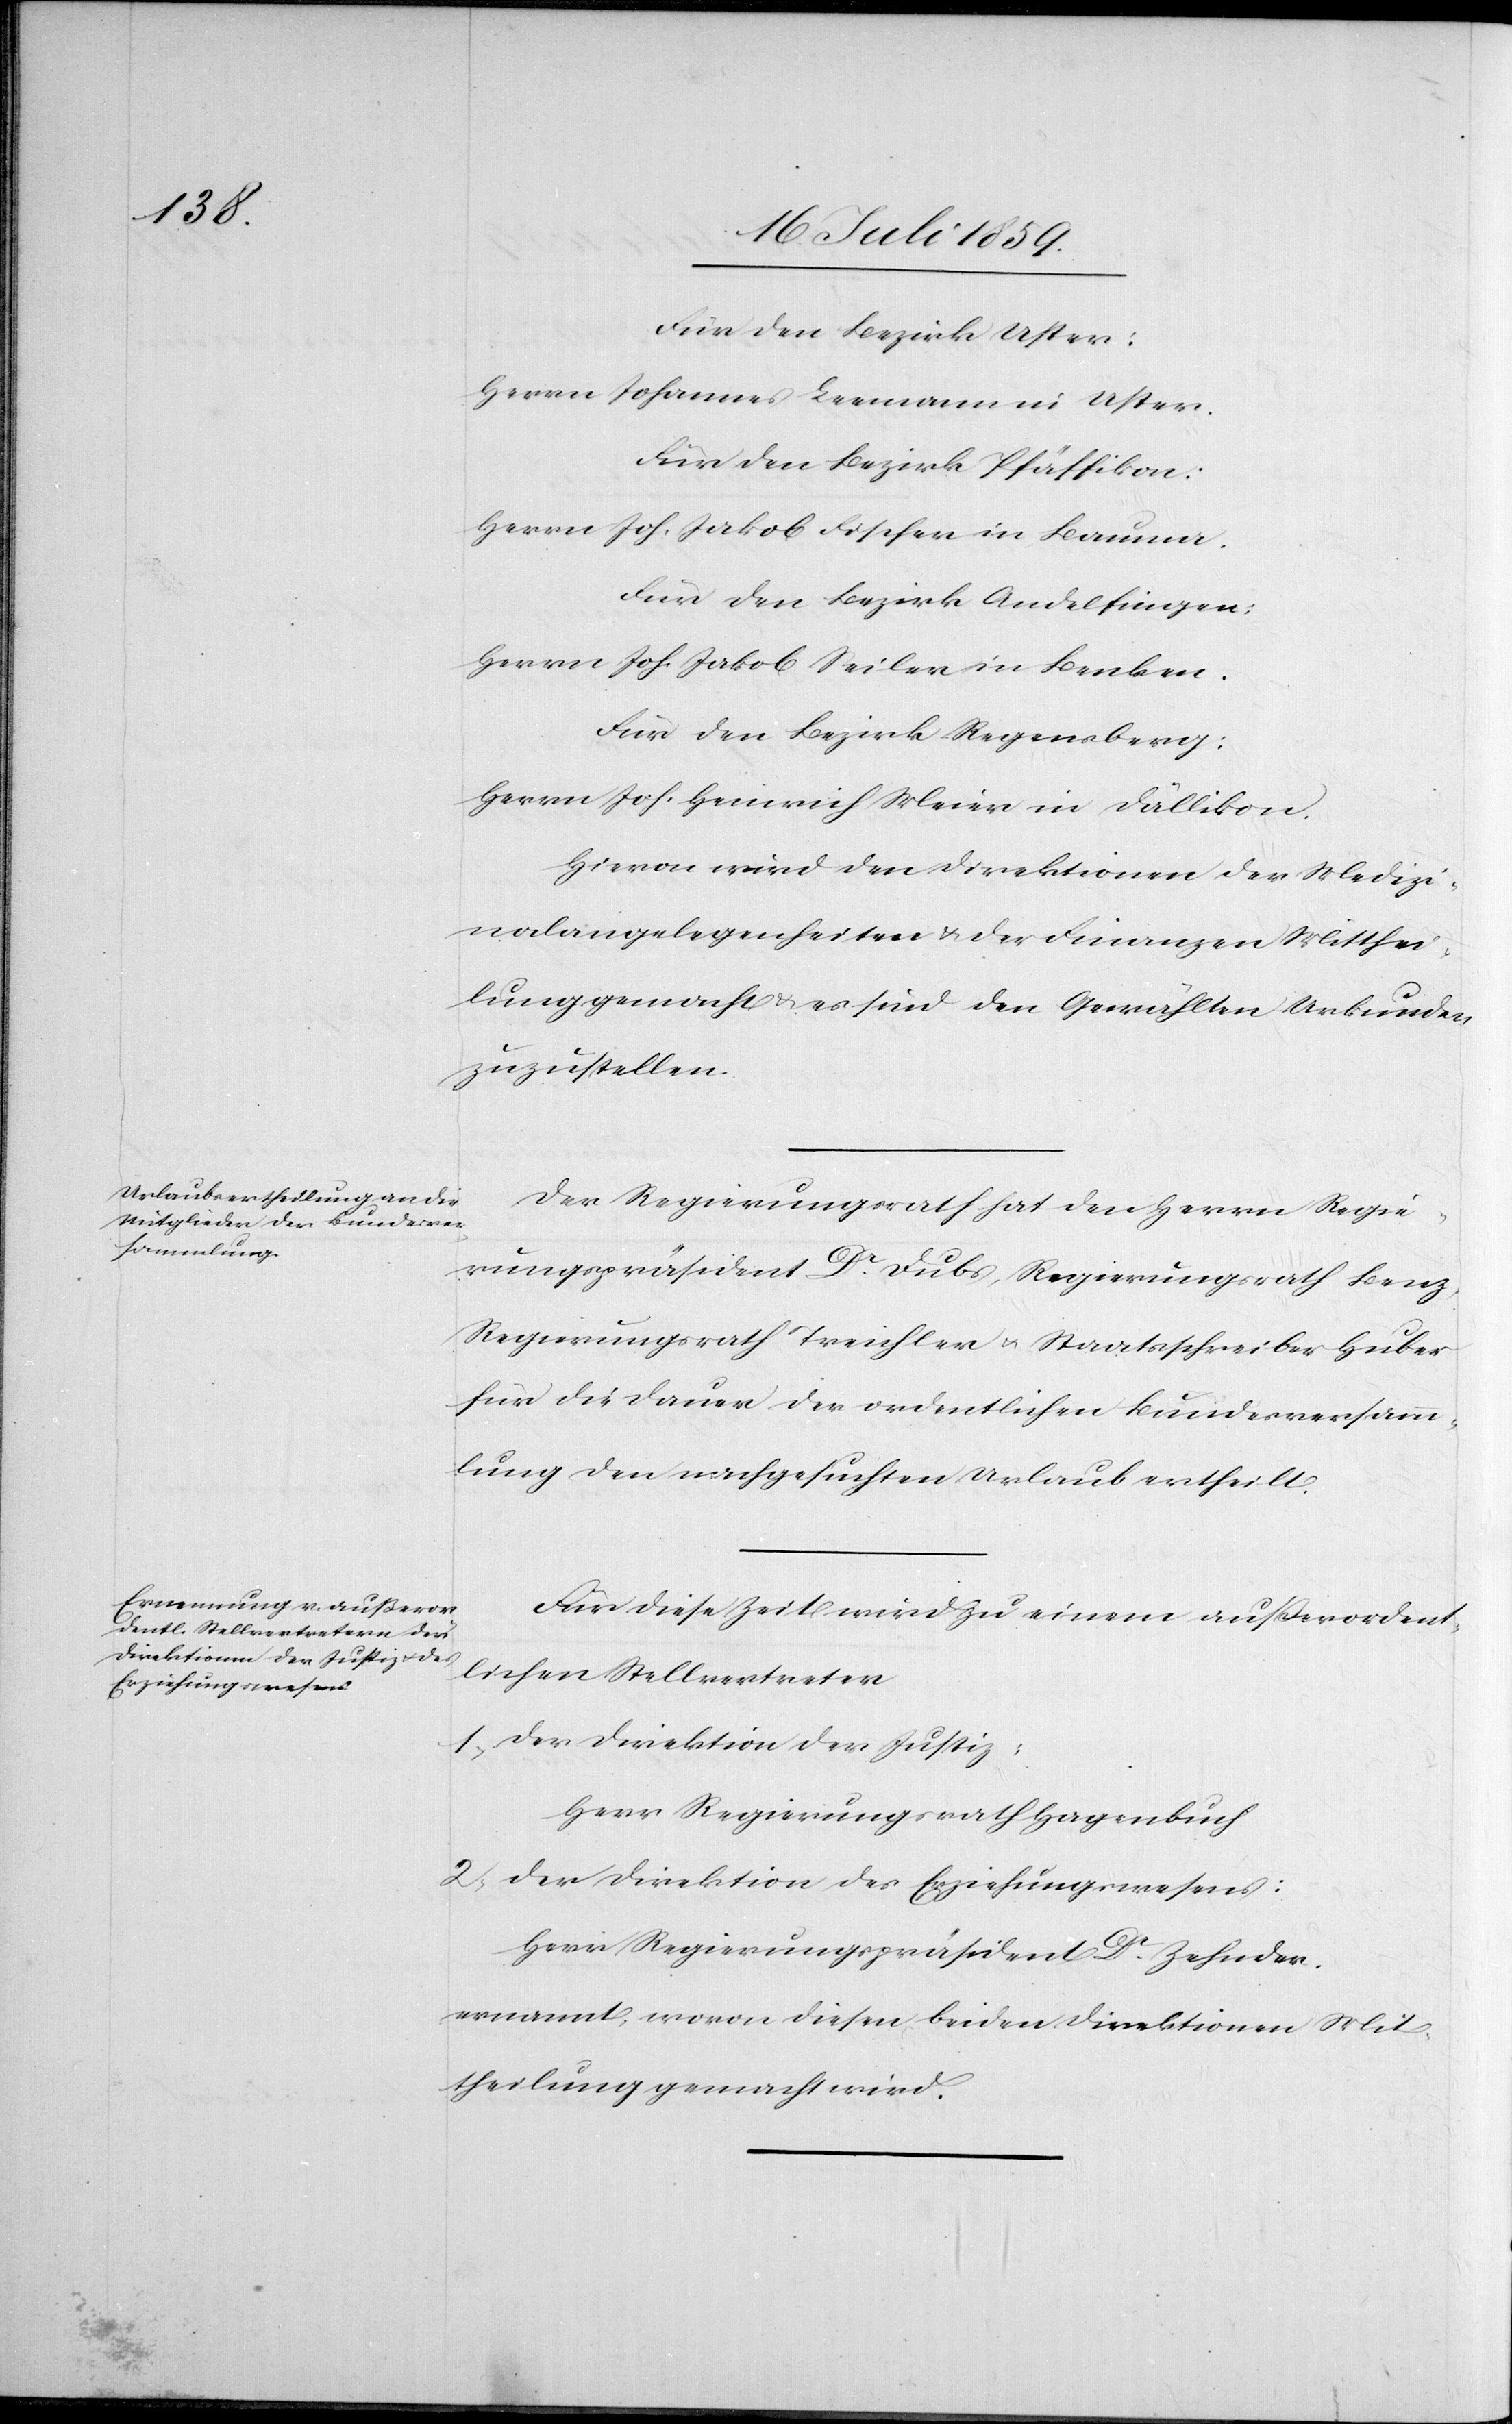
Für den Bezirk Uster:
Herrn Johannes Leemann in Uster.
Für den Bezirk Pfäffikon:
Herrn Joh. Jakob Fischer in Bauma.
Für den Bezirk Andelfingen:
Herrn Joh. Jakob Seiler in Benken.
Für den Bezirk Regensberg:
Herrn Joh. Heinrich Meier in Dällikon.
Hievon wird der Direktion der Medizi¬
nalangelegenheiten u. der Finanzen Mitthei¬
lung gemacht u. es sind den Gewählten Urkunden
zuzustellen.
Der Regierungsrath hat den Herrn Regie¬
rungspräsident Dr. Dubs, Regierungsrath Benz,
Regierungsrath Treichler u. Staatsschreiber Huber
für die Dauer der ordentlichen Bundesversamm¬
lung den nachgesuchten Urlaub ertheilt.
Für diese Zeit wird zu einem außerordent¬
lichen Stellvertreter
1. der Direktion der Justiz:
Herr Regierungsrath Hagenbuch
2. der Direktion des Erziehungswesens:
Herr Regierungspräsident Dr. Zehnder
ernannt, wovon diesen beiden Direktionen Mit¬
theilung gemacht wird.